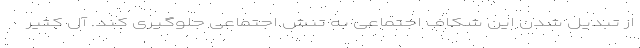
از تبدیل شدن این شکاف اجتماعی به تنش اجتماعی جلوگیری کند. آل کثیر